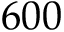
6 0 0